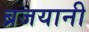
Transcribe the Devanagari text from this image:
ब्रजयानी